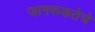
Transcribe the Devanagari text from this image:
जागरूकतेचे